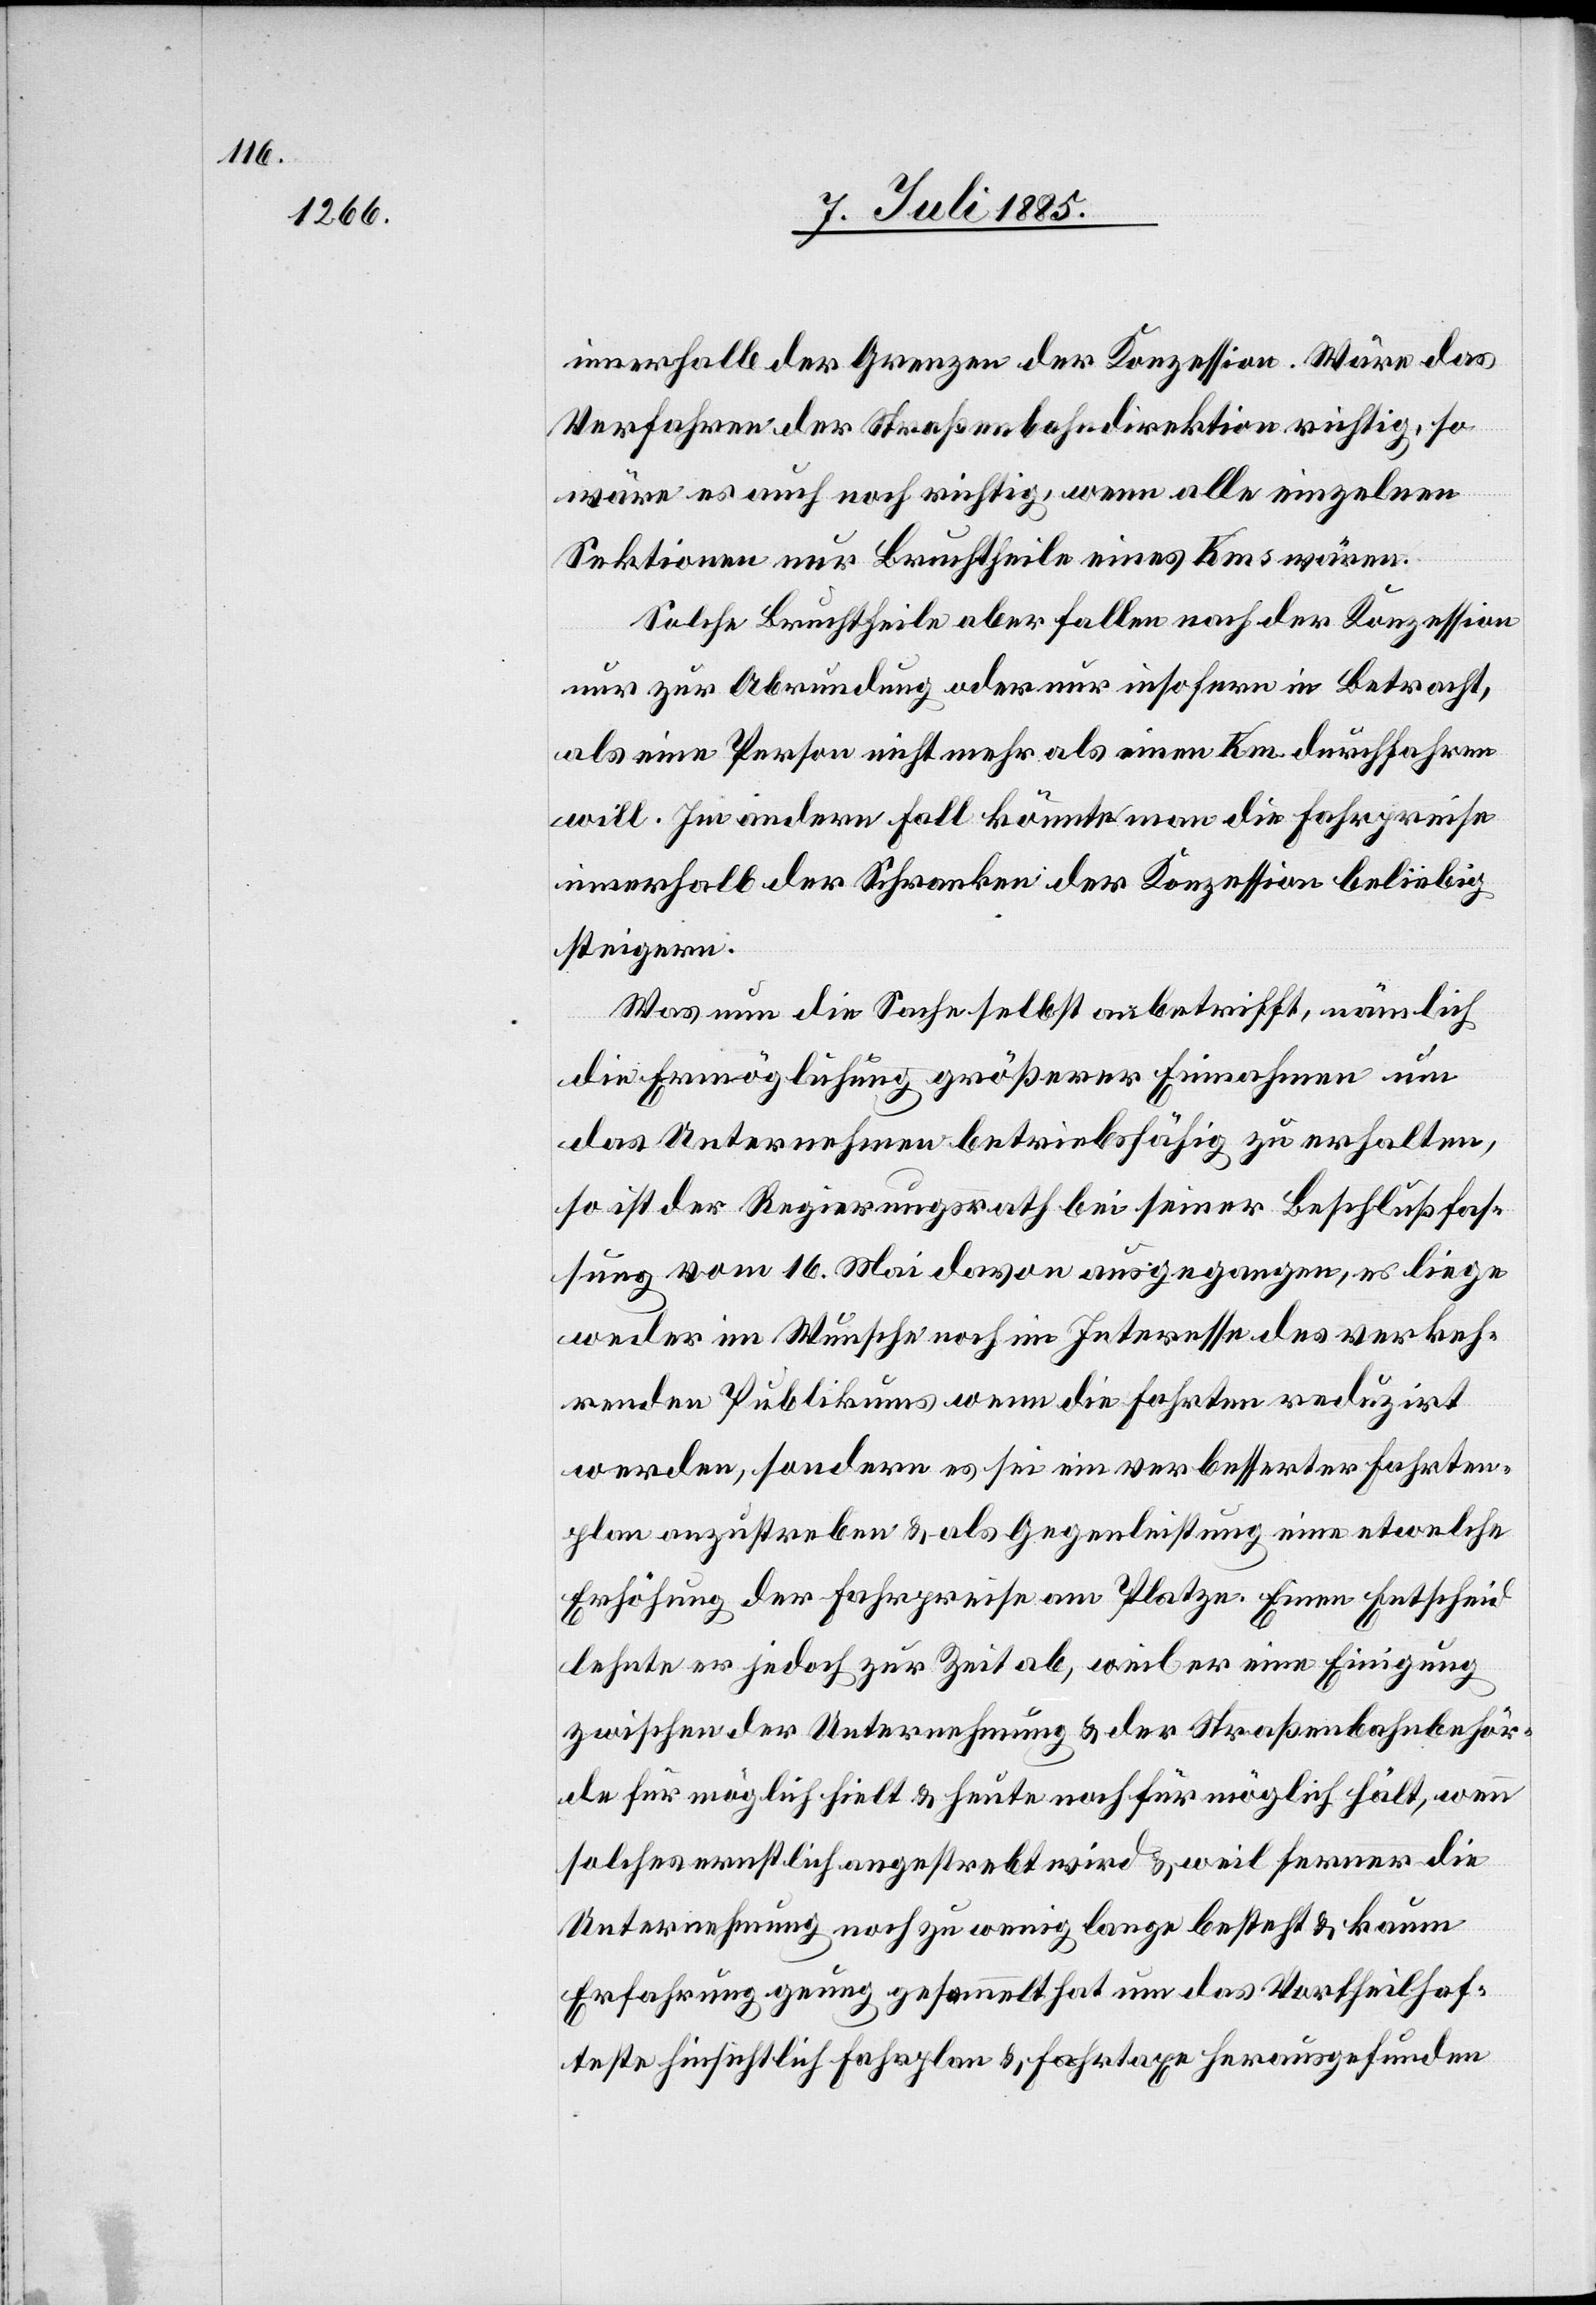
innerhalb der Grenzen der Konzession. Wäre das
Verfahren der Straßenbahndirektion richtig, so
wäre es auch noch richtig, wenn alle einzelnen
Sektionen nur Bruchtheile eines Kms wären.
Solche Bruchtheile aber fallen nach der Konzession
nur zur Abrundung oder nur insofern in Betracht,
als eine Person nicht mehr als einen Km durchfahren
will. Im andern Fall könnte man die Fahrpreise
innerhalb der Schranken der Konzession beliebig
steigern.
Was nun die Sache selbst anbetrifft, nämlich
die Ermöglichung größerer Einnahmen um
das Unternehmen betriebsfähig zu erhalten,
so ist der Regierungsrath bei seiner Beschlußfas¬
sung vom 16. Mai davon ausgegangen, es liege
weder im Wunsche noch im Interesse des verkeh¬
renden Publikums wenn die Fahrten reduzirt
werden, sondern es sei ein verbesserter Fahrten¬
plan anzustreben & als Gegenleistung eine etwelche
Erhöhung der Fahrpreise am Platze. Einen Entscheid
lehnte er jedoch zur Zeit ab, weil er eine Einigung
zwischen der Unternehmung & der Straßenbahnbehör¬
de für möglich hielt & heute noch für möglich hält, wenn
solches ernstlich angestrebt wird & weil ferner die
Unternehmung noch zu wenig lange besteht & kaum
Erfahrung genug gesammelt hat um das Vorteilhaf¬
teste hinsichtlich Fahrplan & Fahrtaxe herausgefunden